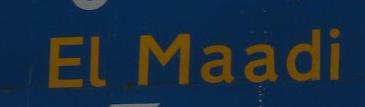
el